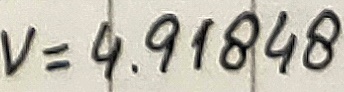
Text: V=4.91848